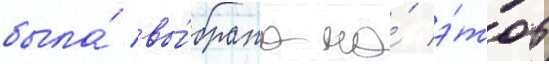
была́ вы́брана на́ э́тот